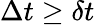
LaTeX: \Delta t\ge\delta t